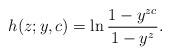
LaTeX: \begin{align*} h(z;y,c)=\ln \frac {1-y^{zc}}{1-y^z}.\end{align*}